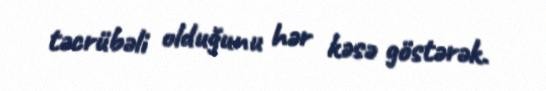
təcrübəli olduğunu hər kəsə göstərək.